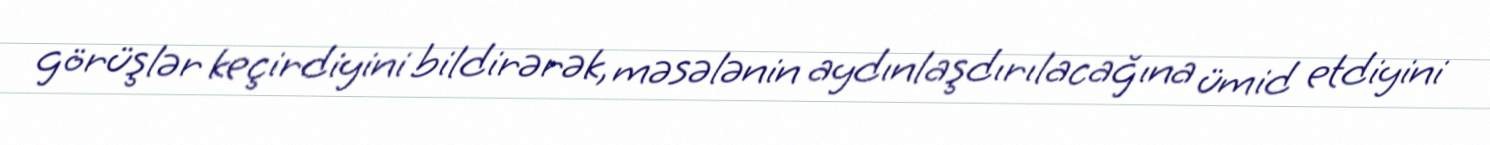
görüşlər keçirdiyini bildirərək, məsələnin aydınlaşdırılacağına ümid etdiyini